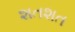
શતશત